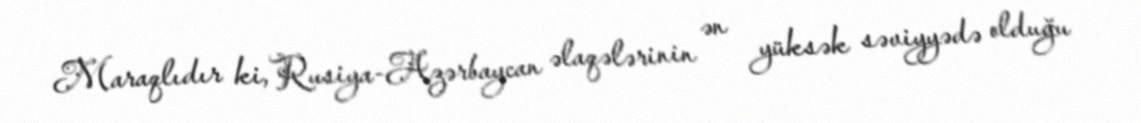
Maraqlıdır ki, Rusiya-Azərbaycan əlaqələrinin ən yüksək səviyyədə olduğu